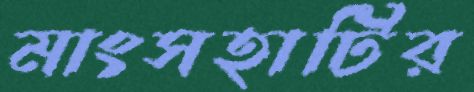
মাংসহাটির